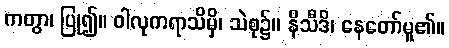
ကတွာ၊ ပြု၍။ ဝါလုကရာသိမှိ၊ သဲစု၌။ နိသီဒိ၊ နေတော်မူ၏။